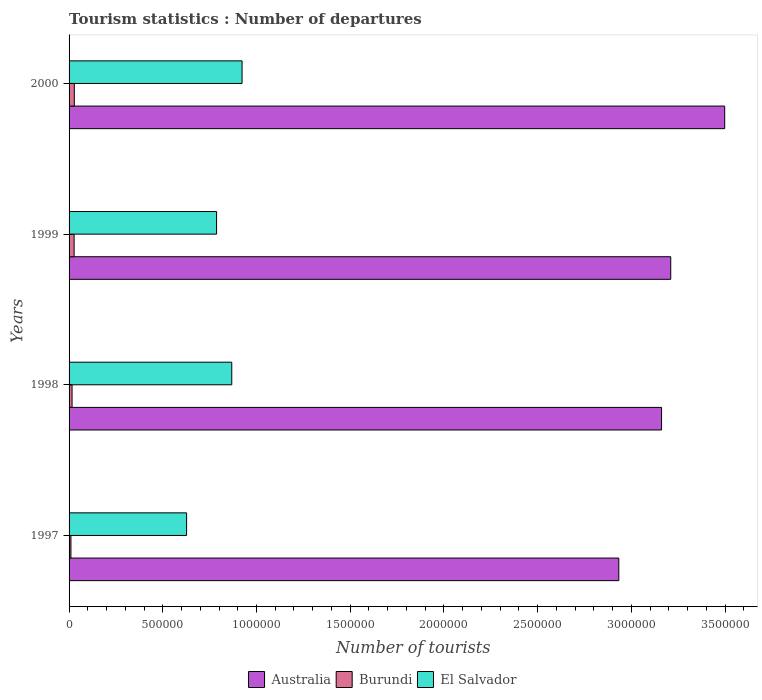
| Years | Australia | Burundi | El Salvador |
 | --- | --- | --- | --- |
 | 1997 | 2.93e+06 | 1e+04 | 6.27e+05 |
 | 1998 | 3.16e+06 | 1.6e+04 | 8.68e+05 |
 | 1999 | 3.21e+06 | 2.7e+04 | 7.87e+05 |
 | 2000 | 3.5e+06 | 2.8e+04 | 9.23e+05 |